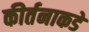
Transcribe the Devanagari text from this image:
कीर्तनाकडे